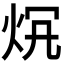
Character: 𤇛